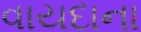
વાયદાના